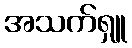
အသက်ရှူ